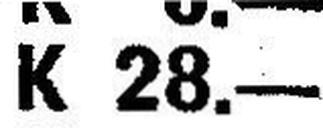
K 28.—